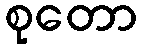
စုတော